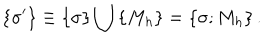
\left\{ \sigma ^ { \prime } \right\} \equiv \left\{ \sigma \right\} \bigcup \left\{ M _ { h } \right\} = \left\{ \sigma ; M _ { h } \right\} .